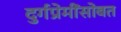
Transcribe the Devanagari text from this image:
दुर्गप्रेमींसोबत